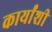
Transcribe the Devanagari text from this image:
कार्यांशी